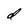
Character: d